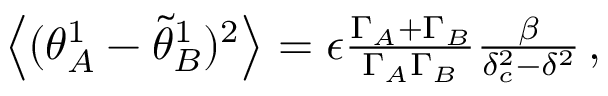
\begin{array} { r } { \left\langle ( { \theta } _ { A } ^ { 1 } - \tilde { \theta } _ { B } ^ { 1 } ) ^ { 2 } \right\rangle = \epsilon { \frac { { \Gamma } _ { A } + { \Gamma } _ { B } } { \Gamma _ { A } \Gamma _ { B } } } \frac { \beta } { \delta _ { c } ^ { 2 } - \delta ^ { 2 } } \, , } \end{array}